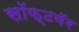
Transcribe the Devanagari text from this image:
सॉफ्टवॅर